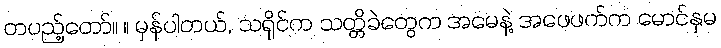
တပည့်တော်။ ။ မှန်ပါတယ်, သရိုင်က သတ္တိခဲတွေက အမေနဲ့ အဖေဖက်က မောင်နှမ